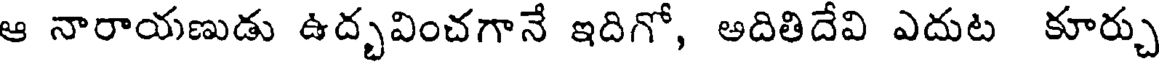
ఆ నారాయణుడు ఉద్భవించగానే ఇదిగో, అదితిదేవి ఎదుట కూర్చు